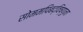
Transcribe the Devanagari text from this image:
सोममपिबद्विष्णुना